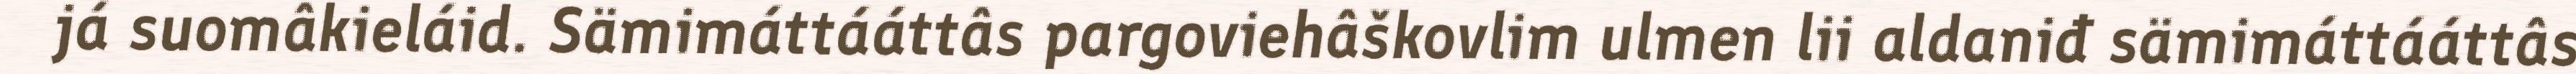
já suomâkieláid. Sämimáttááttâs pargoviehâškovlim ulmen lii aldaniđ sämimáttááttâs